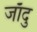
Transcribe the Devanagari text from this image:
जाँदु